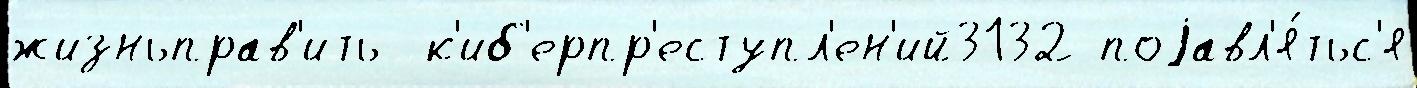
жизньправ'ить  к'иб'ерпр'еступл'ен'ий3132 поjавл'я́тьс'я